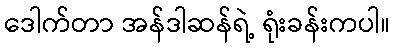
ဒေါက်တာ အန်ဒါဆန်ရဲ့ ရုံးခန်းကပါ။